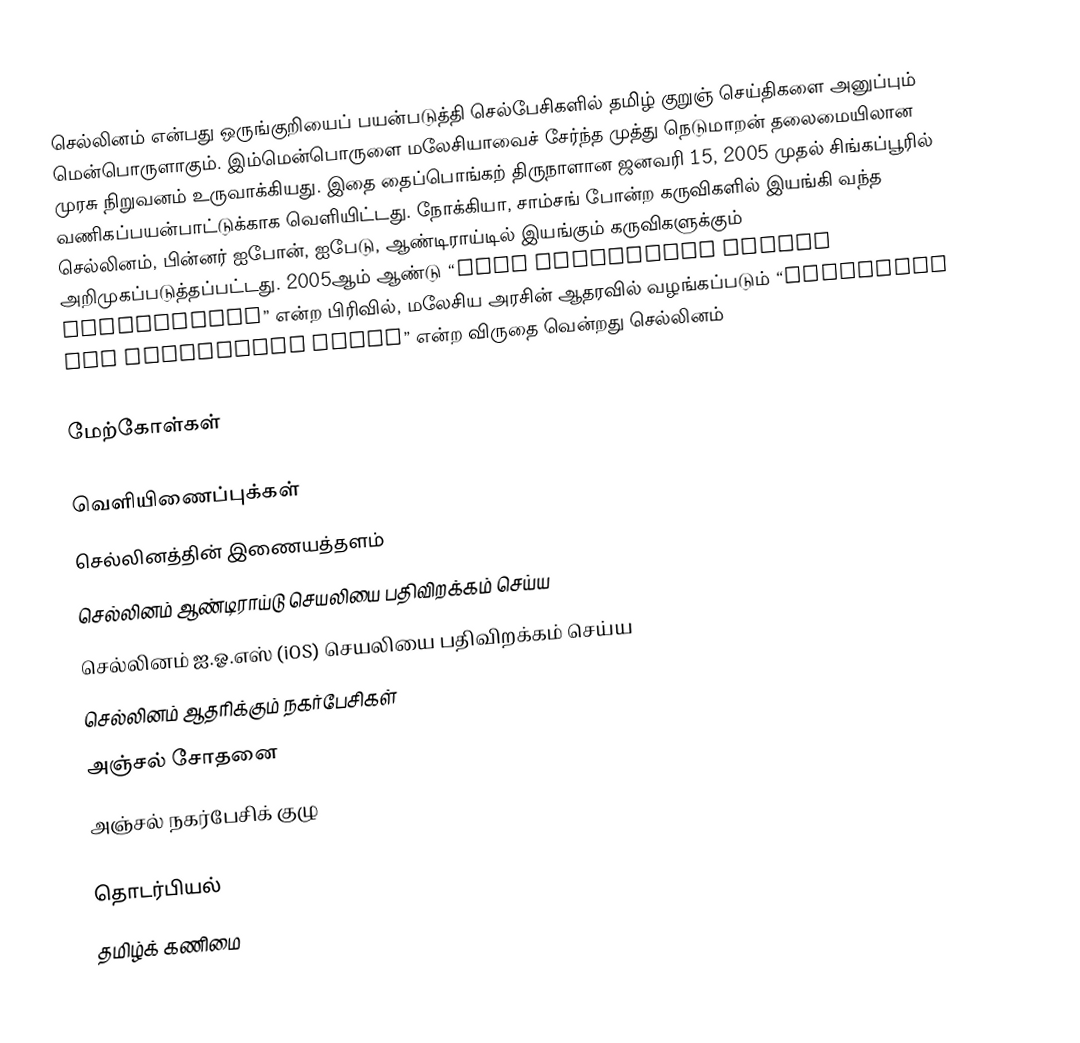
செல்லினம் என்பது ஒருங்குறியைப் பயன்படுத்தி செல்பேசிகளில் தமிழ் குறுஞ் செய்திகளை அனுப்பும் மென்பொருளாகும். இம்மென்பொருளை மலேசியாவைச் சேர்ந்த முத்து நெடுமாறன் தலைமையிலான முரசு நிறுவனம் உருவாக்கியது. இதை தைப்பொங்கற் திருநாளான ஜனவரி 15, 2005 முதல் சிங்கப்பூரில் வணிகப்பயன்பாட்டுக்காக வெளியிட்டது. நோக்கியா, சாம்சங் போன்ற கருவிகளில் இயங்கி வந்த செல்லினம், பின்னர் ஐபோன், ஐபேடு, ஆண்டிராய்டில் இயங்கும் கருவிகளுக்கும் அறிமுகப்படுத்தப்பட்டது. 2005ஆம் ஆண்டு “Most Innovative Mobile Application” என்ற பிரிவில், மலேசிய அரசின் ஆதரவில் வழங்கப்படும் “Malaysian ICT Excellence Award” என்ற விருதை வென்றது செல்லினம்

மேற்கோள்கள்

வெளியிணைப்புக்கள்
 செல்லினத்தின் இணையத்தளம்
 செல்லினம் ஆண்டிராய்டு செயலியை பதிவிறக்கம் செய்ய
 செல்லினம் ஐ.ஓ.எஸ் (iOS) செயலியை பதிவிறக்கம் செய்ய
 செல்லினம் ஆதரிக்கும் நகர்பேசிகள்
 அஞ்சல் சோதனை
 அஞ்சல் நகர்பேசிக் குழு

தொடர்பியல்
தமிழ்க் கணிமை